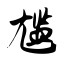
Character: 尴